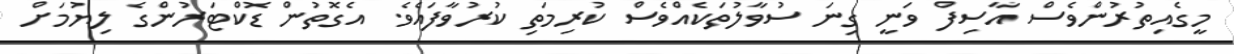
މީގެއިތުރުންވެސް އާސިފް ވަނީ ގިނަ ސުވާލުތަކެއްވެސް ކުރިމަތި ކުރުވާފައެވެ. އެގޮތުން ޑޮކްޓަރުންގެ ލިޔުމަށް